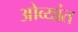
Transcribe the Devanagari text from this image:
ओव्यांत